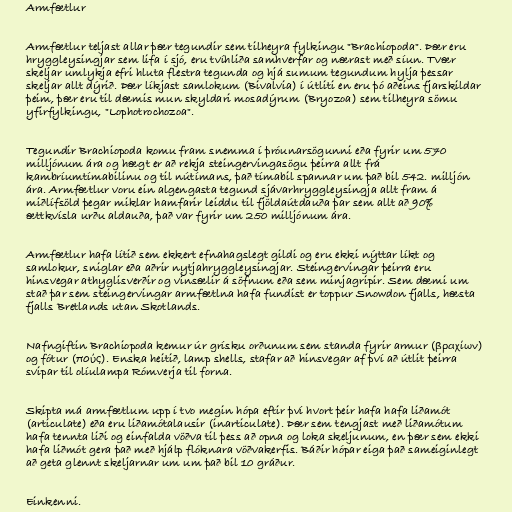
Armfætlur

Armfætlur teljast allar þær tegundir sem tilheyra fylkingu "Brachiopoda". Þær eru
hryggleysingjar sem lifa í sjó, eru tvíhliða samhverfar og nærast með síun. Tvær
skeljar umlykja efri hluta flestra tegunda og hjá sumum tegundum hylja þessar
skeljar allt dýrið. Þær líkjast samlokum (Bivalvia) í útliti en eru þó aðeins fjarskildar
þeim, þær eru til dæmis mun skyldari mosadýrum (Bryozoa) sem tilheyra sömu
yfirfylkingu, "Lophotrochozoa".

Tegundir Brachiopoda komu fram snemma í þróunarsögunni eða fyrir um 570
milljónum ára og hægt er að rekja steingervingasögu þeirra allt frá
kambríumtímabilinu og til nútímans, það tímabil spannar um það bil 542. milljón
ára. Armfætlur voru ein algengasta tegund sjávarhryggleysingja allt fram á
miðlífsöld þegar miklar hamfarir leiddu til fjöldaútdauða þar sem allt að 90%
ættkvísla urðu aldauða, það var fyrir um 250 milljónum ára.

Armfætlur hafa lítið sem ekkert efnahagslegt gildi og eru ekki nýttar líkt og
samlokur, sniglar eða aðrir nytjahryggleysingjar. Steingervingar þeirra eru
hinsvegar athyglisverðir og vinsælir á söfnum eða sem minjagripir. Sem dæmi um
stað þar sem steingervingar armfætlna hafa fundist er toppur Snowdon fjalls, hæsta
fjalls Bretlands utan Skotlands.

Nafngiftin Brachiopoda kemur úr grísku orðunum sem standa fyrir armur (βραχίων)
og fótur (πούς). Enska heitið, lamp shells, stafar að hinsvegar af því að útlit þeirra
svipar til olíulampa Rómverja til forna.

Skipta má armfætlum upp í tvo megin hópa eftir því hvort þeir hafa hafa liðamót
(articulate) eða eru liðamótalausir (inarticulate). Þær sem tengjast með liðamótum
hafa tennta liði og einfalda vöðva til þess að opna og loka skeljunum, en þær sem ekki
hafa liðmót gera það með hjálp flóknara vöðvakerfis. Báðir hópar eiga það sameiginlegt
að geta glennt skeljarnar um um það bil 10 gráður.

Einkenni.